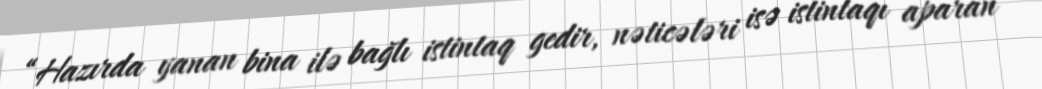
“Hazırda yanan bina ilə bağlı istintaq gedir, nəticələri isə istintaqı aparan